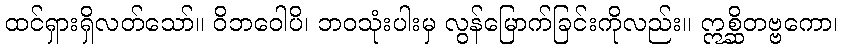
ထင်ရှားရှိလတ်သော်။ ဝိဘဝေါပိ၊ ဘဝသုံးပါးမှ လွန်မြောက်ခြင်းကိုလည်း။ ဣစ္ဆိတဗ္ဗကော၊